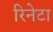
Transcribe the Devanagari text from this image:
रिनेटा